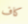
كاف